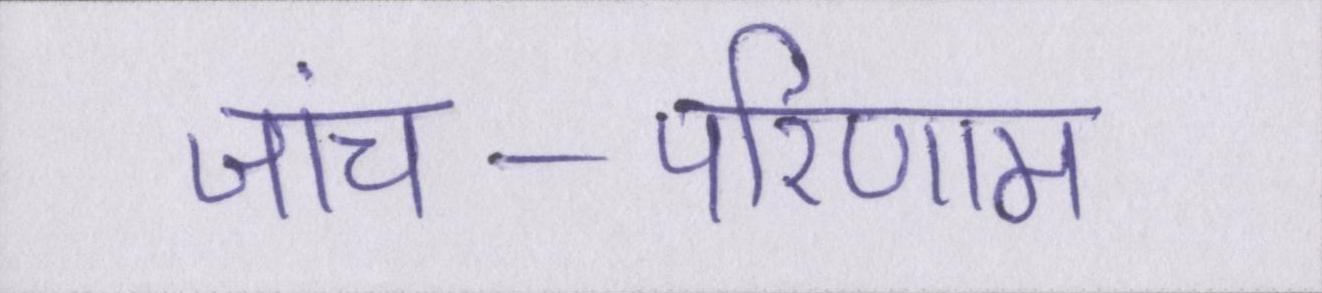
जांच-परिणाम